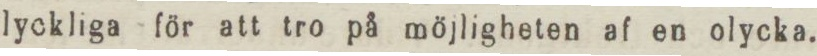
lyckliga för att tro på möjligheten af en olycka.